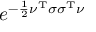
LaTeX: e ^ { - { \frac { 1 } { 2 } } { \boldsymbol { \nu } } ^ { \mathrm { T } } { \boldsymbol { \sigma } } { \boldsymbol { \sigma } } ^ { \mathrm { T } } { \boldsymbol { \nu } } }